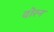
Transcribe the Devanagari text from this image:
दोरन